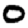
Digit: 0